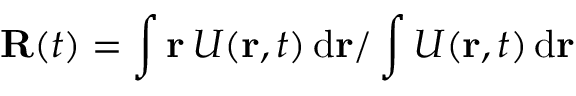
\mathbf { R } ( t ) = \int \mathbf { r } \, U ( \mathbf { r } , t ) \, \mathrm { d } \mathbf { r } / \int U ( \mathbf { r } , t ) \, \mathrm { d } \mathbf { r }